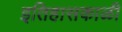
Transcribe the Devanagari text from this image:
इतिहासकाळी